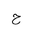
Letter: _ha